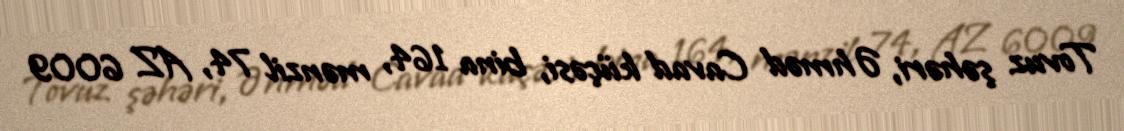
Tovuz şəhəri, Əhməd Cavad küçəsi, bina 164, mənzil 74, AZ 6009